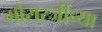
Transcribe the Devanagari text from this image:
मोरारजींच्या